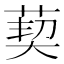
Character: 葜